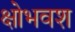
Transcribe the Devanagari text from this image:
क्षोभवश